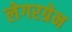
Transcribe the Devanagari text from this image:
लेगरग्रेन